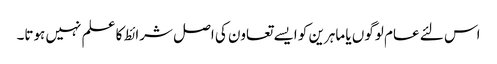
اس لئے عام لوگوں یا ماہرین کو ایسے تعاون کی اصل شرائط کا علم نہیں ہوتا۔